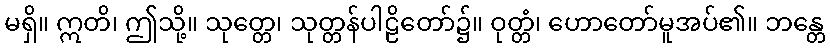
မရှိ။ ဣတိ၊ ဤသို့။ သုတ္တေ၊ သုတ္တန်ပါဠိတော်၌။ ဝုတ္တံ၊ ဟောတော်မူအပ်၏။ ဘန္တေ